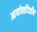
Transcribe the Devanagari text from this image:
आर्यावर्तदेशीय